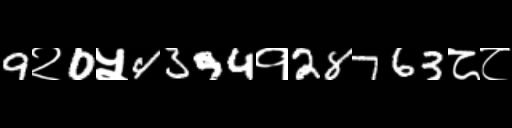
Text: 9२0५4394१28763८८